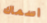
اسماك